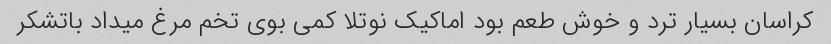
کراسان بسیار ترد و خوش طعم بود اما‌کیک نوتلا کمی بوی تخم مرغ میداد باتشکر